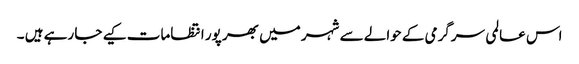
اس عالمی سرگرمی کے حوالے سے شہر میں بھر پور انتظامات کیے جا رہے ہیں ۔